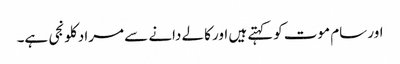
اور سام موت کوکہتے ہیں اور کالے دانے سے مراد کلونجی ہے۔